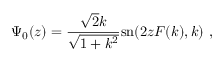
\Psi _ { 0 } ( z ) = { \frac { \sqrt { 2 } k } { \sqrt { 1 + k ^ { 2 } } } } \mathrm { s n } ( 2 z F ( k ) , k ) \ ,